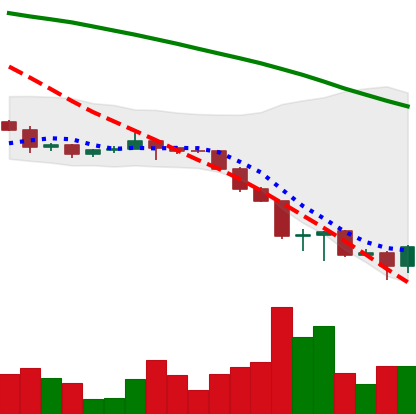
Ticker: ETH-USD
Chart end date: 2022-06-19
Forward return: 8.796%
Label: up_7plus